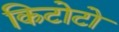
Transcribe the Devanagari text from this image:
किटोटो